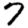
Digit: 7